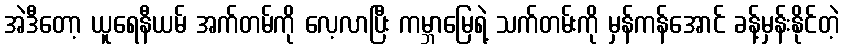
အဲဒီတော့ ယူရေနီယမ် အက်တမ်ကို လေ့လာပြီး ကမ္ဘာမြေရဲ့ သက်တမ်းကို မှန်ကန်အောင် ခန့်မှန်းနိုင်တဲ့